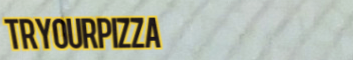
TryOurPizza